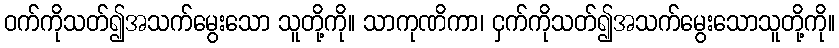
ဝက်ကိုသတ်၍အသက်မွေးသော သူတို့ကို။ သာကုဏိကာ၊ ငှက်ကိုသတ်၍အသက်မွေးသောသူတို့ကို။